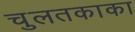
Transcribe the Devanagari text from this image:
चुलतकाका